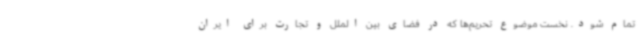
تمام شود. نخست موضوع تحریم‌ها که در فضای بین الملل و تجارت برای ایران